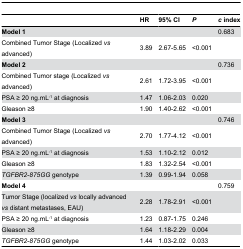
<table><thead><tr><td></td><td><b>HR</b></td><td><b>95% CI</b></td><td><b><i>P</i></b></td><td><b><i>c</i> index</b></td></tr></thead><tbody><tr><td><b>Model 1</b></td><td></td><td></td><td></td><td>0.683</td></tr><tr><td>Combined Tumor Stage (Localized <i>vs</i> advanced)</td><td>3.89</td><td>2.67-5.65</td><td>&lt;0.001</td><td></td></tr><tr><td><b>Model 2</b></td><td></td><td></td><td></td><td>0.736</td></tr><tr><td> Combined Tumor stage (Localized <i>vs</i> advanced)</td><td>2.61</td><td>1.72-3.95</td><td>&lt;0.001</td><td></td></tr><tr><td> PSA ≥ 20 ng.mL<sup>-1</sup> at diagnosis</td><td>1.47</td><td>1.06-2.03</td><td>0.020</td><td></td></tr><tr><td> Gleason ≥8</td><td>1.90</td><td>1.40-2.62</td><td>&lt;0.001</td><td></td></tr><tr><td><b>Model 3</b></td><td></td><td></td><td></td><td>0.746</td></tr><tr><td> Combined Tumor Stage (Localized <i>vs</i> advanced)</td><td>2.70</td><td>1.77-4.12</td><td>&lt;0.001</td><td></td></tr><tr><td> PSA ≥ 20 ng.mL<sup>-1</sup> at diagnosis</td><td>1.53</td><td>1.10-2.12</td><td>0.012</td><td></td></tr><tr><td> Gleason ≥8</td><td>1.83</td><td>1.32-2.54</td><td>&lt;0.001</td><td></td></tr><tr><td><i>TGFBR2-875GG</i> genotype</td><td>1.39</td><td>0.99-1.94</td><td>0.058</td><td></td></tr><tr><td><b>Model 4</b></td><td></td><td></td><td></td><td>0.759</td></tr><tr><td> Tumor Stage (localized <i>vs</i> locally advanced <i>vs</i> distant metastases, EAU)</td><td>2.28</td><td>1.78-2.91</td><td>&lt;0.001</td><td></td></tr><tr><td> PSA ≥ 20 ng.mL<sup>-1</sup> at diagnosis</td><td>1.23</td><td>0.87-1.75</td><td>0.246</td><td></td></tr><tr><td> Gleason ≥8</td><td>1.64</td><td>1.18-2.29</td><td>0.004</td><td></td></tr><tr><td><i>TGFBR2-875GG</i> genotype</td><td>1.44</td><td>1.03-2.02</td><td>0.033</td><td></td></tr></tbody></table>